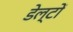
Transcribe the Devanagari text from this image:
डेल्टों